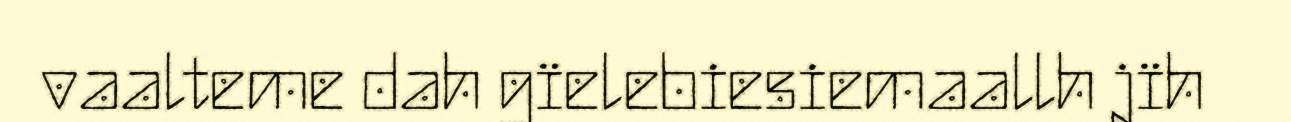
vaalteme dah gïelebiesiemaallh jïh